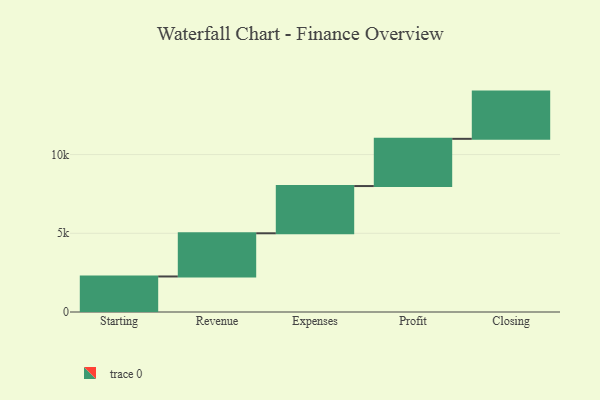
{"axis": {"x": "Step", "y": "Value"}, "legend": [""], "data": [{"x": "Starting", "y": 2257.0, "type": ""}, {"x": "Revenue", "y": 2744.0, "type": ""}, {"x": "Expenses", "y": 3000, "type": ""}, {"x": "Profit", "y": 3000, "type": ""}, {"x": "Closing", "y": 3000, "type": ""}]}